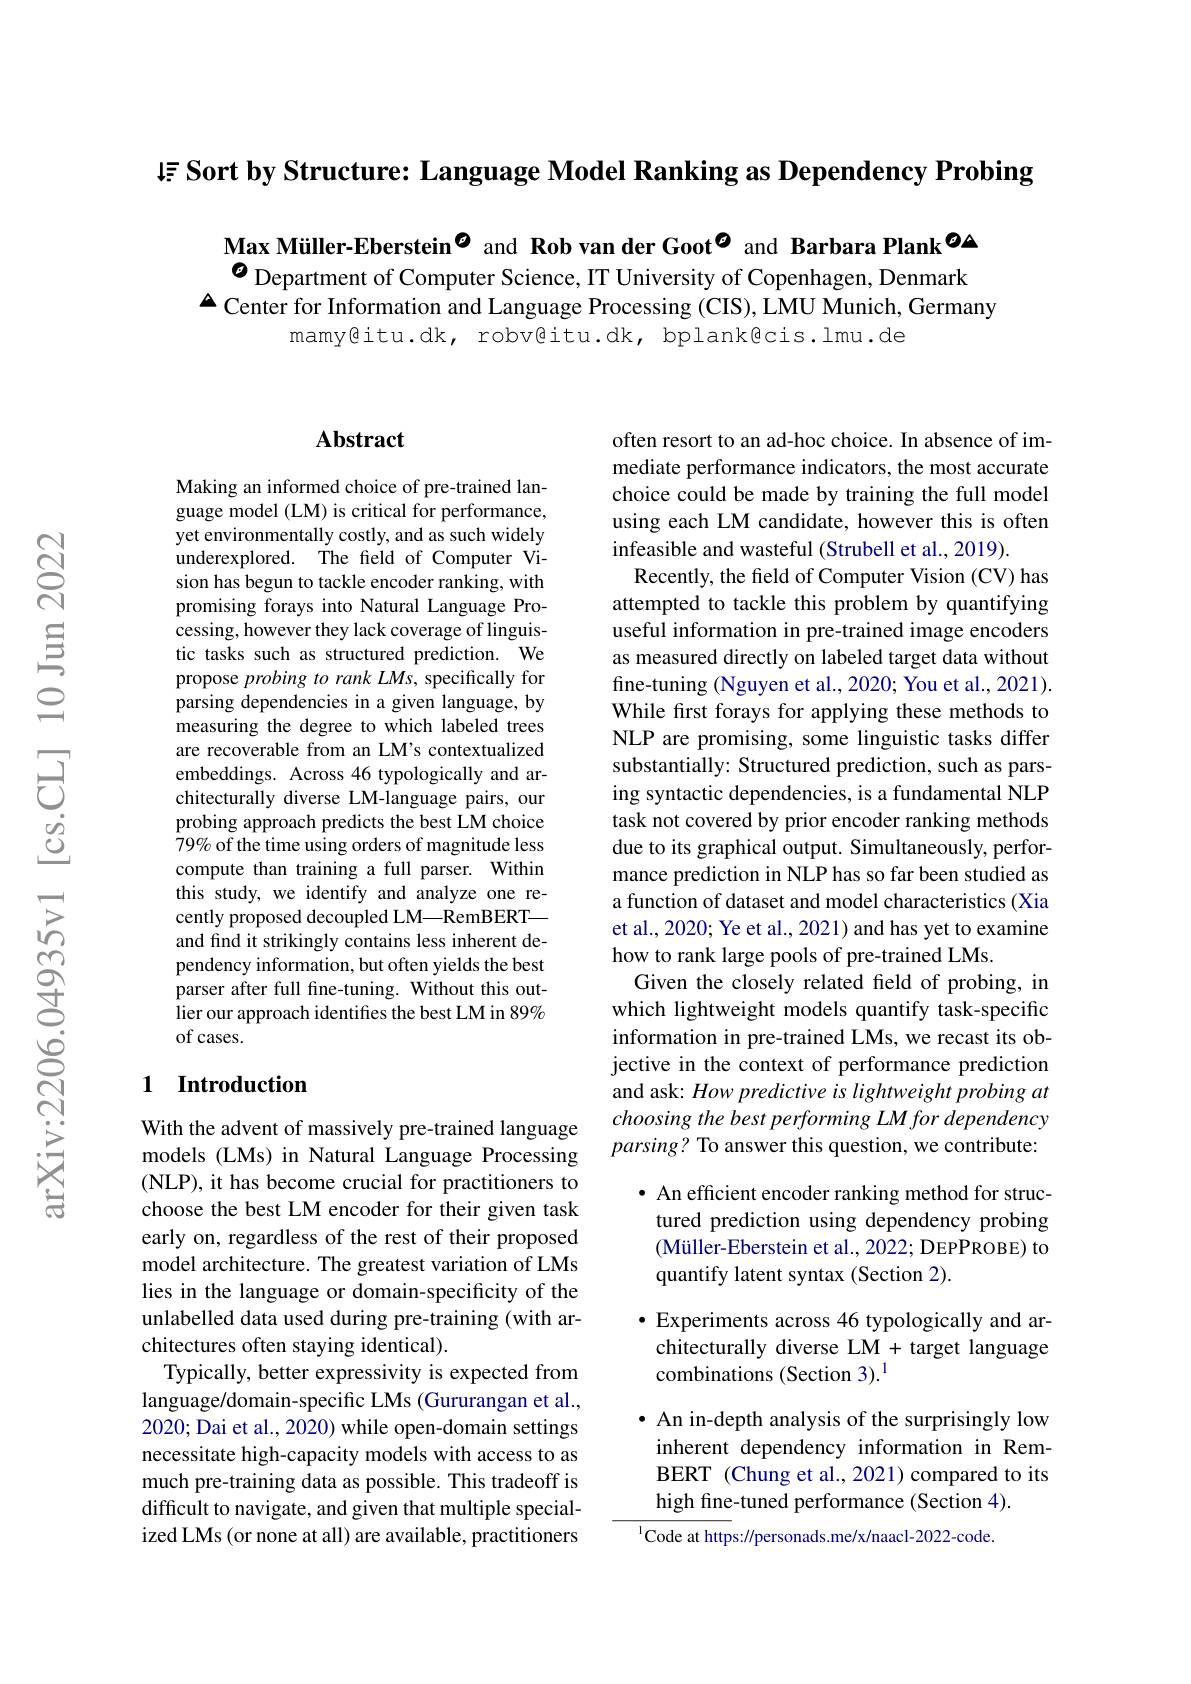
lis Sort by Structure: Language Model Ranking as Dependency Probing

Max Müller-Eberstein$^{\textcircled{o}}$ and Rob van der Goot$^{\textcircled{o}}$ and Barbara Plank$^{\textcircled{O}}$

$o_{\text{Department of Computer Science, IT University of Copenhagen, Denmark}}$
$\Delta$ Center for Information and Language Processing (CIS), LMU Munich, Germany
mamy@itu.dk, robv@itu.dk, bplank@cis.lmu.de

### $\mathbf{Abstract}$

Making an informed choice of pre-trained language model (LM) is critical for performance, yet environmentally costly, and as such widely underexplored. The field of Computer Vision has begun to tackle encoder ranking, with promising forays into Natural Language Processing, however they lack coverage of linguistic tasks such as structured prediction. We propose probing to rank LMs, specifically for parsing dependencies in a given language, by measuring the degree to which labeled trees are recoverable from an LM's contextualized embeddings. Across 46 typologically and architecturally diverse LM-language pairs, our probing approach predicts the best LM choice $79\%$ of the time using orders of magnitude less compute than training a full parser. Within this study, we identify and analyze one recently proposed decoupled LM—RemBERT— and find it strikingly contains less inherent dependency information, but often yields the best parser after full fine-tuning. Without this outlier our approach identifies the best LM in 89% of cases.

### 1 Introduction

With the advent of massively pre-trained language models (LMs) in Natural Language Processing (NLP), it has become crucial for practitioners to choose the best LM encoder for their given task early on, regardless of the rest of their proposed model architecture. The greatest variation of LMs lies in the language or domain-specificity of the unlabelled data used during pre-training (with architectures often staying identical).
Typically, better expressivity is expected from language/domain-specific LMs (Gururangan et al., 2020; Dai et al., 2020) while open-domain settings necessitate high-capacity models with access to as much pre-training data as possible. This tradeoff is difficult to navigate, and given that multiple specialized LMs (or none at all) are available, practitioners

often resort to an ad-hoc choice. In absence of immediate performance indicators, the most accurate choice could be made by training the full model using each LM candidate, however this is often infeasible and wasteful (Strubell et al., 2019).
Recently, the field of Computer Vision (CV) has attempted to tackle this problem by quantifying useful information in pre-trained image encoders as measured directly on labeled target data without fine-tuning (Nguyen et al., 2020; You et al., 2021). While first forays for applying these methods to NLP are promising, some linguistic tasks differ substantially: Structured prediction, such as parsing syntactic dependencies, is a fundamental NLP task not covered by prior encoder ranking methods due to its graphical output. Simultaneously, performance prediction in NLP has so far been studied as a function of dataset and model characteristics (Xia et al., 2020; Ye et al., 2021) and has yet to examine how to rank large pools of pre-trained LMs.
Given the closely related feld of probing, in which lightweight models quantify task-specific information in pre-trained LMs, we recast its objective in the context of performance prediction and ask: How predictive is lightweight probing at choosing the best performing LM for dependency $parsing?$ To answer this question, we contribute:
· An efficient encoder ranking method for struc-

tured prediction using dependency probing (Müller-Eberstein et al., 2022; DEPPROBE) to quantify latent syntax (Section 2).

$\bullet$ Experiments across 46 typologically and architecturally diverse LM+ target language combinations (Section 3).$^{1}$

· An in-depth analysis of the surprisingly low inherent dependency information in RemBERT (Chung et al., 2021) compared to its high fine-tuned performance (Section 4). $^{1}$Code at https://personads.me/x/naacl-2022-code.